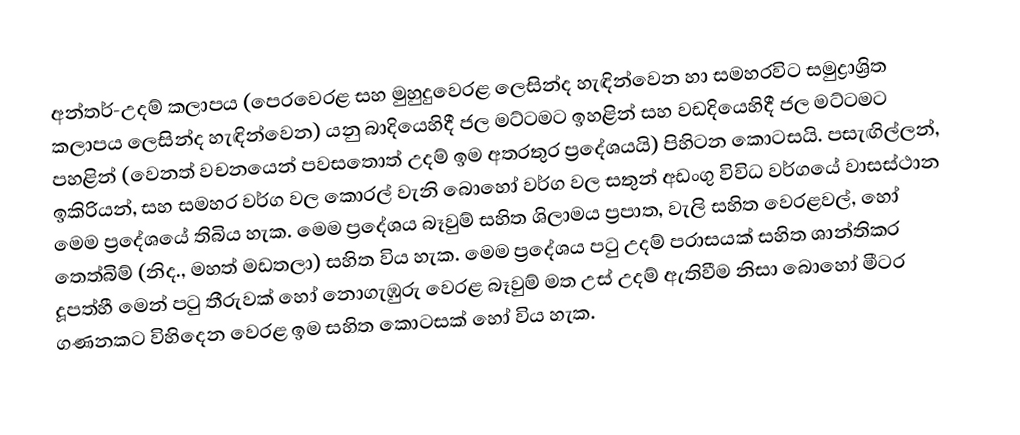
අන්තර්-උදම් කලාපය (පෙරවෙරළ සහ මුහුදුවෙරළ ලෙසින්ද හැඳින්වෙන හා සමහරවිට සමුද්‍රාශ්‍රිත කලාපය ලෙසින්ද හැඳින්වෙන) යනු   බාදියෙහිදී ජල මට්ටමට ඉහළින් සහ වඩදියෙහිදී ජල මට්ටමට පහළින්  (වෙනත් වචනයෙන් පවසතොත් උදම් ඉම අතරතුර ප්‍රදේශයයි) පිහිටන කොටසයි. පසැඟිල්ලන්, ඉකිරියන්, සහ සමහර වර්ග වල කොරල් වැනි බොහෝ වර්ග වල සතුන් අඩංගු විවිධ වර්ගයේ වාසස්ථාන මෙම ප්‍රදේශයේ තිබිය හැක. මෙම ප්‍රදේශය  බෑවුම් සහිත ශිලාමය ප්‍රපාත, වැලි සහිත වෙරළවල්, හෝ තෙත්බිම් (නිද., මහත් මඩතලා) සහිත විය හැක. මෙම ප්‍රදේශය  පටු උදම් පරාසයක් සහිත ශාන්තිකර දූපත්හී මෙන් පටු තීරුවක් හෝ නොගැඹුරු වෙරළ බෑවුම් මත උස් උදම් ඇතිවීම නිසා  බොහෝ මීටර ගණනකට විහිදෙන වෙරළ ඉම සහිත කොටසක් හෝ විය හැක.